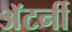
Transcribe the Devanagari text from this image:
अॅटर्नी